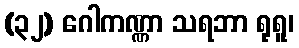
(၃၂) ဂေါကဏ္ဏာ သရဘာ ရုရူ၊